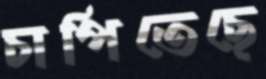
চাপিতেছে